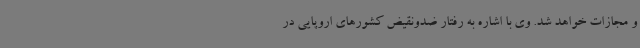
و مجازات خواهد شد. وی با اشاره به رفتار ضدونقیض کشورهای اروپایی در